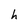
Character: h